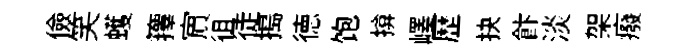
儉笑蠖籜賔徂徒搗徳饱揜嶧歷抉飰淡架癈